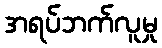
အရပ်ဘက်လူမှု